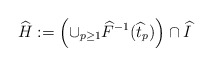
\begin{align*}\widehat{H}:=\left(\cup_{p\geq 1} \widehat{F}^{-1}(\widehat{t}_p)\right)\cap \widehat{I}\end{align*}